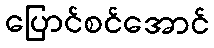
ပြောင်စင်အောင်